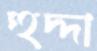
হুদ্দা